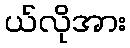
ယ်လိုအား